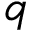
q